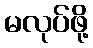
မလုပ်ဖို့